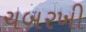
ચબરખી